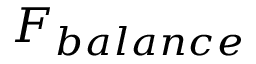
F _ { b a l a n c e }